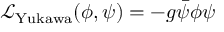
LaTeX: { \mathcal { L } } _ { \mathrm { Y u k a w a } } ( \phi , \psi ) = - g { \bar { \psi } } \phi \psi